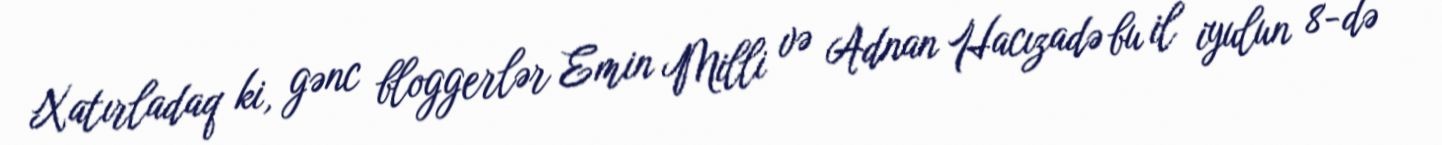
Xatırladaq ki, gənc bloggerlər Emin Milli və Adnan Hacızadə bu il iyulun 8-də